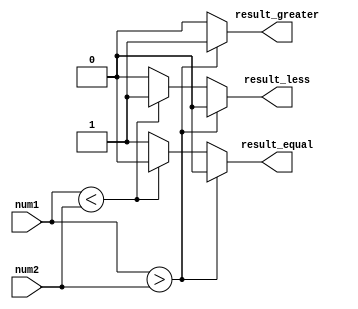
module signed_comparator (
    input signed [31:0] num1,
    input signed [31:0] num2,
    output reg result_greater,
    output reg result_less,
    output reg result_equal
);

always @(*) begin
    if (num1 > num2) begin
        result_greater = 1;
        result_less = 0;
        result_equal = 0;
    end else if (num1 < num2) begin
        result_greater = 0;
        result_less = 1;
        result_equal = 0;
    end else begin
        result_greater = 0;
        result_less = 0;
        result_equal = 1;
    end
end

endmodule